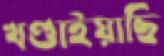
খণ্ডাইয়াছি